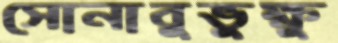
সোনাবুভুক্ষু